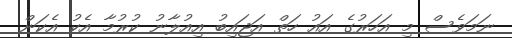
ނަމަވެސް މި އަހަރުގެ އައު ހަތް އަޖައިބު އިއުލާނު ކުރުމާ އެކު އެކަން